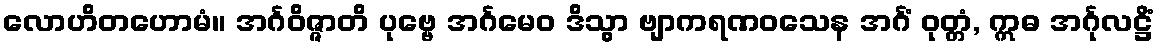
လောဟိတဟောမံ။ အင်္ဂဝိဇ္ဇာတိ ပုဗ္ဗေ အင်္ဂမေဝ ဒိသွာ ဗျာကရဏဝသေန အင်္ဂံ ဝုတ္တံ, ဣဓ အင်္ဂုလဋ္ဌိံ